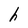
Character: h